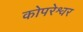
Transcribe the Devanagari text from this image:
कोपरेश्वर